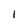
Character: 1